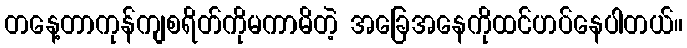
တနေ့တာကုန်ကျစရိတ်ကိုမကာမိတဲ့ အခြေအနေကိုထင်ဟပ်နေပါတယ်။